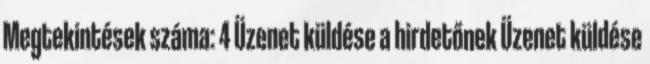
Megtekintések száma: 4 Üzenet küldése a hirdetőnek Üzenet küldése